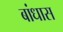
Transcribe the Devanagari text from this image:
बांधास